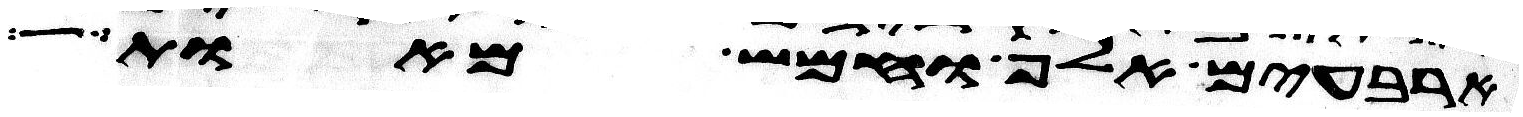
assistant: ארבעים אלף וחמש מאות